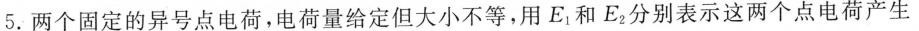
5.两个固定的异号点电荷，电荷量给定但大小不等，用E_{1}和E_{2}分别表示这两个点电荷产生